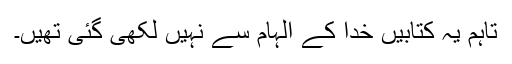
تاہم یہ کتابیں خُدا کے الہام سے نہیں لکھی گئی تھیں۔